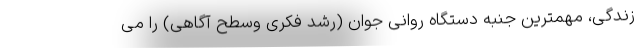
زندگی، مهمترین جنبه دستگاه روانی جوان (رشد فکری وسطح آگاهی) را می